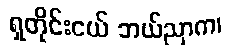
ရှတိုင်းငယ် ဘယ်ညာက၊